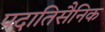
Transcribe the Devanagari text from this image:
पदातिसैनिक